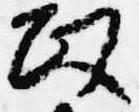
政